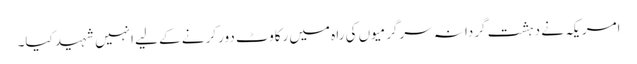
امریکہ نے دہشت گردانہ سرگرمیوں کی راہ میں رکاوٹ دور کرنے کے لیے انہیں شہید کیا۔